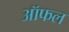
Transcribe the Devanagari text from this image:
ऑफल